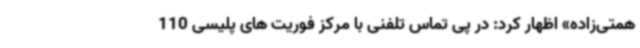
همتی‌زاده» اظهار کرد: در پی تماس تلفنی با مرکز فوریت های پلیسی 110